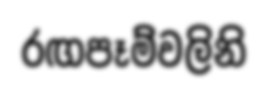
රඟපෑම්වලිනි